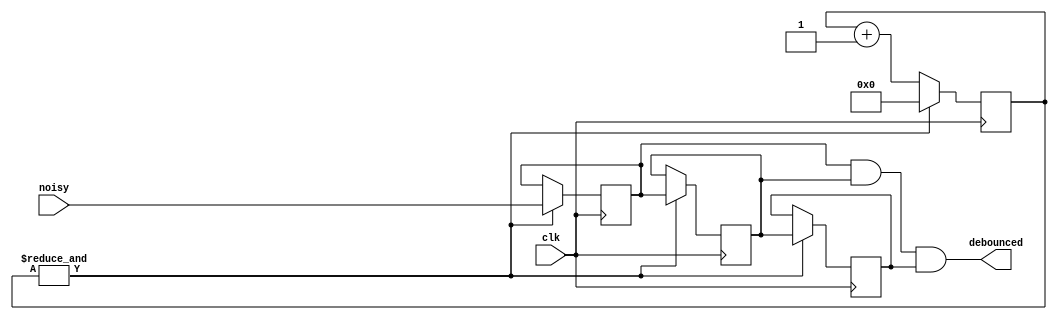
module Debounce (
  input clk,
  input noisy,
  output debounced
);

assign debounced = d1 & d2 & d3;

reg [18:0] counter;
reg d1, d2, d3;

always @(posedge clk) begin
  if (&counter) begin
    counter <= 19'b0;
    d1 <= noisy;
    d2 <= d1;
    d3 <= d2;
  end else
    counter <= counter + 1'b1;
end

endmodule